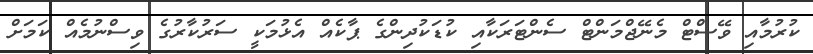
ކުރުމާއި ވޭސްޓް މެނޭޖްމަންޓް ސެންޓަރަކާއި ކުޑަކުދިންގެ ޕާކެއް އެޅުމަކީ ސަރުކާރުގެ ވިސްނުމެއް ކަމަށް